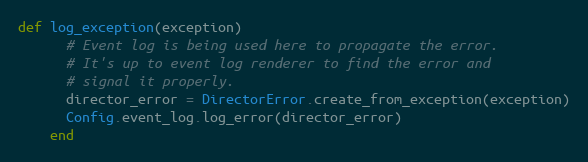
Language: Ruby
def log_exception(exception)
      # Event log is being used here to propagate the error.
      # It's up to event log renderer to find the error and
      # signal it properly.
      director_error = DirectorError.create_from_exception(exception)
      Config.event_log.log_error(director_error)
    end